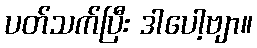
ပတ်သက်ပြီး ဒါပေါ့ဗျာ။